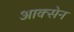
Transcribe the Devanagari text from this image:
आक्सेन